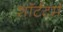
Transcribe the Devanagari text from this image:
शॉर्टटर्म